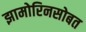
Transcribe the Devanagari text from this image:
झामोरिनसोबत